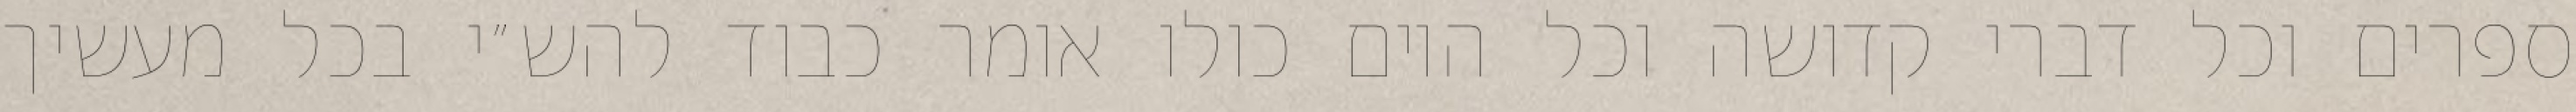
ספרים וכל דברי קדושה וכל היום כולו אומר כבוד להש״י בכל מעשיך